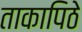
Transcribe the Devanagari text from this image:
ताकापिठे